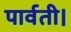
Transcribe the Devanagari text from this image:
पार्वती।